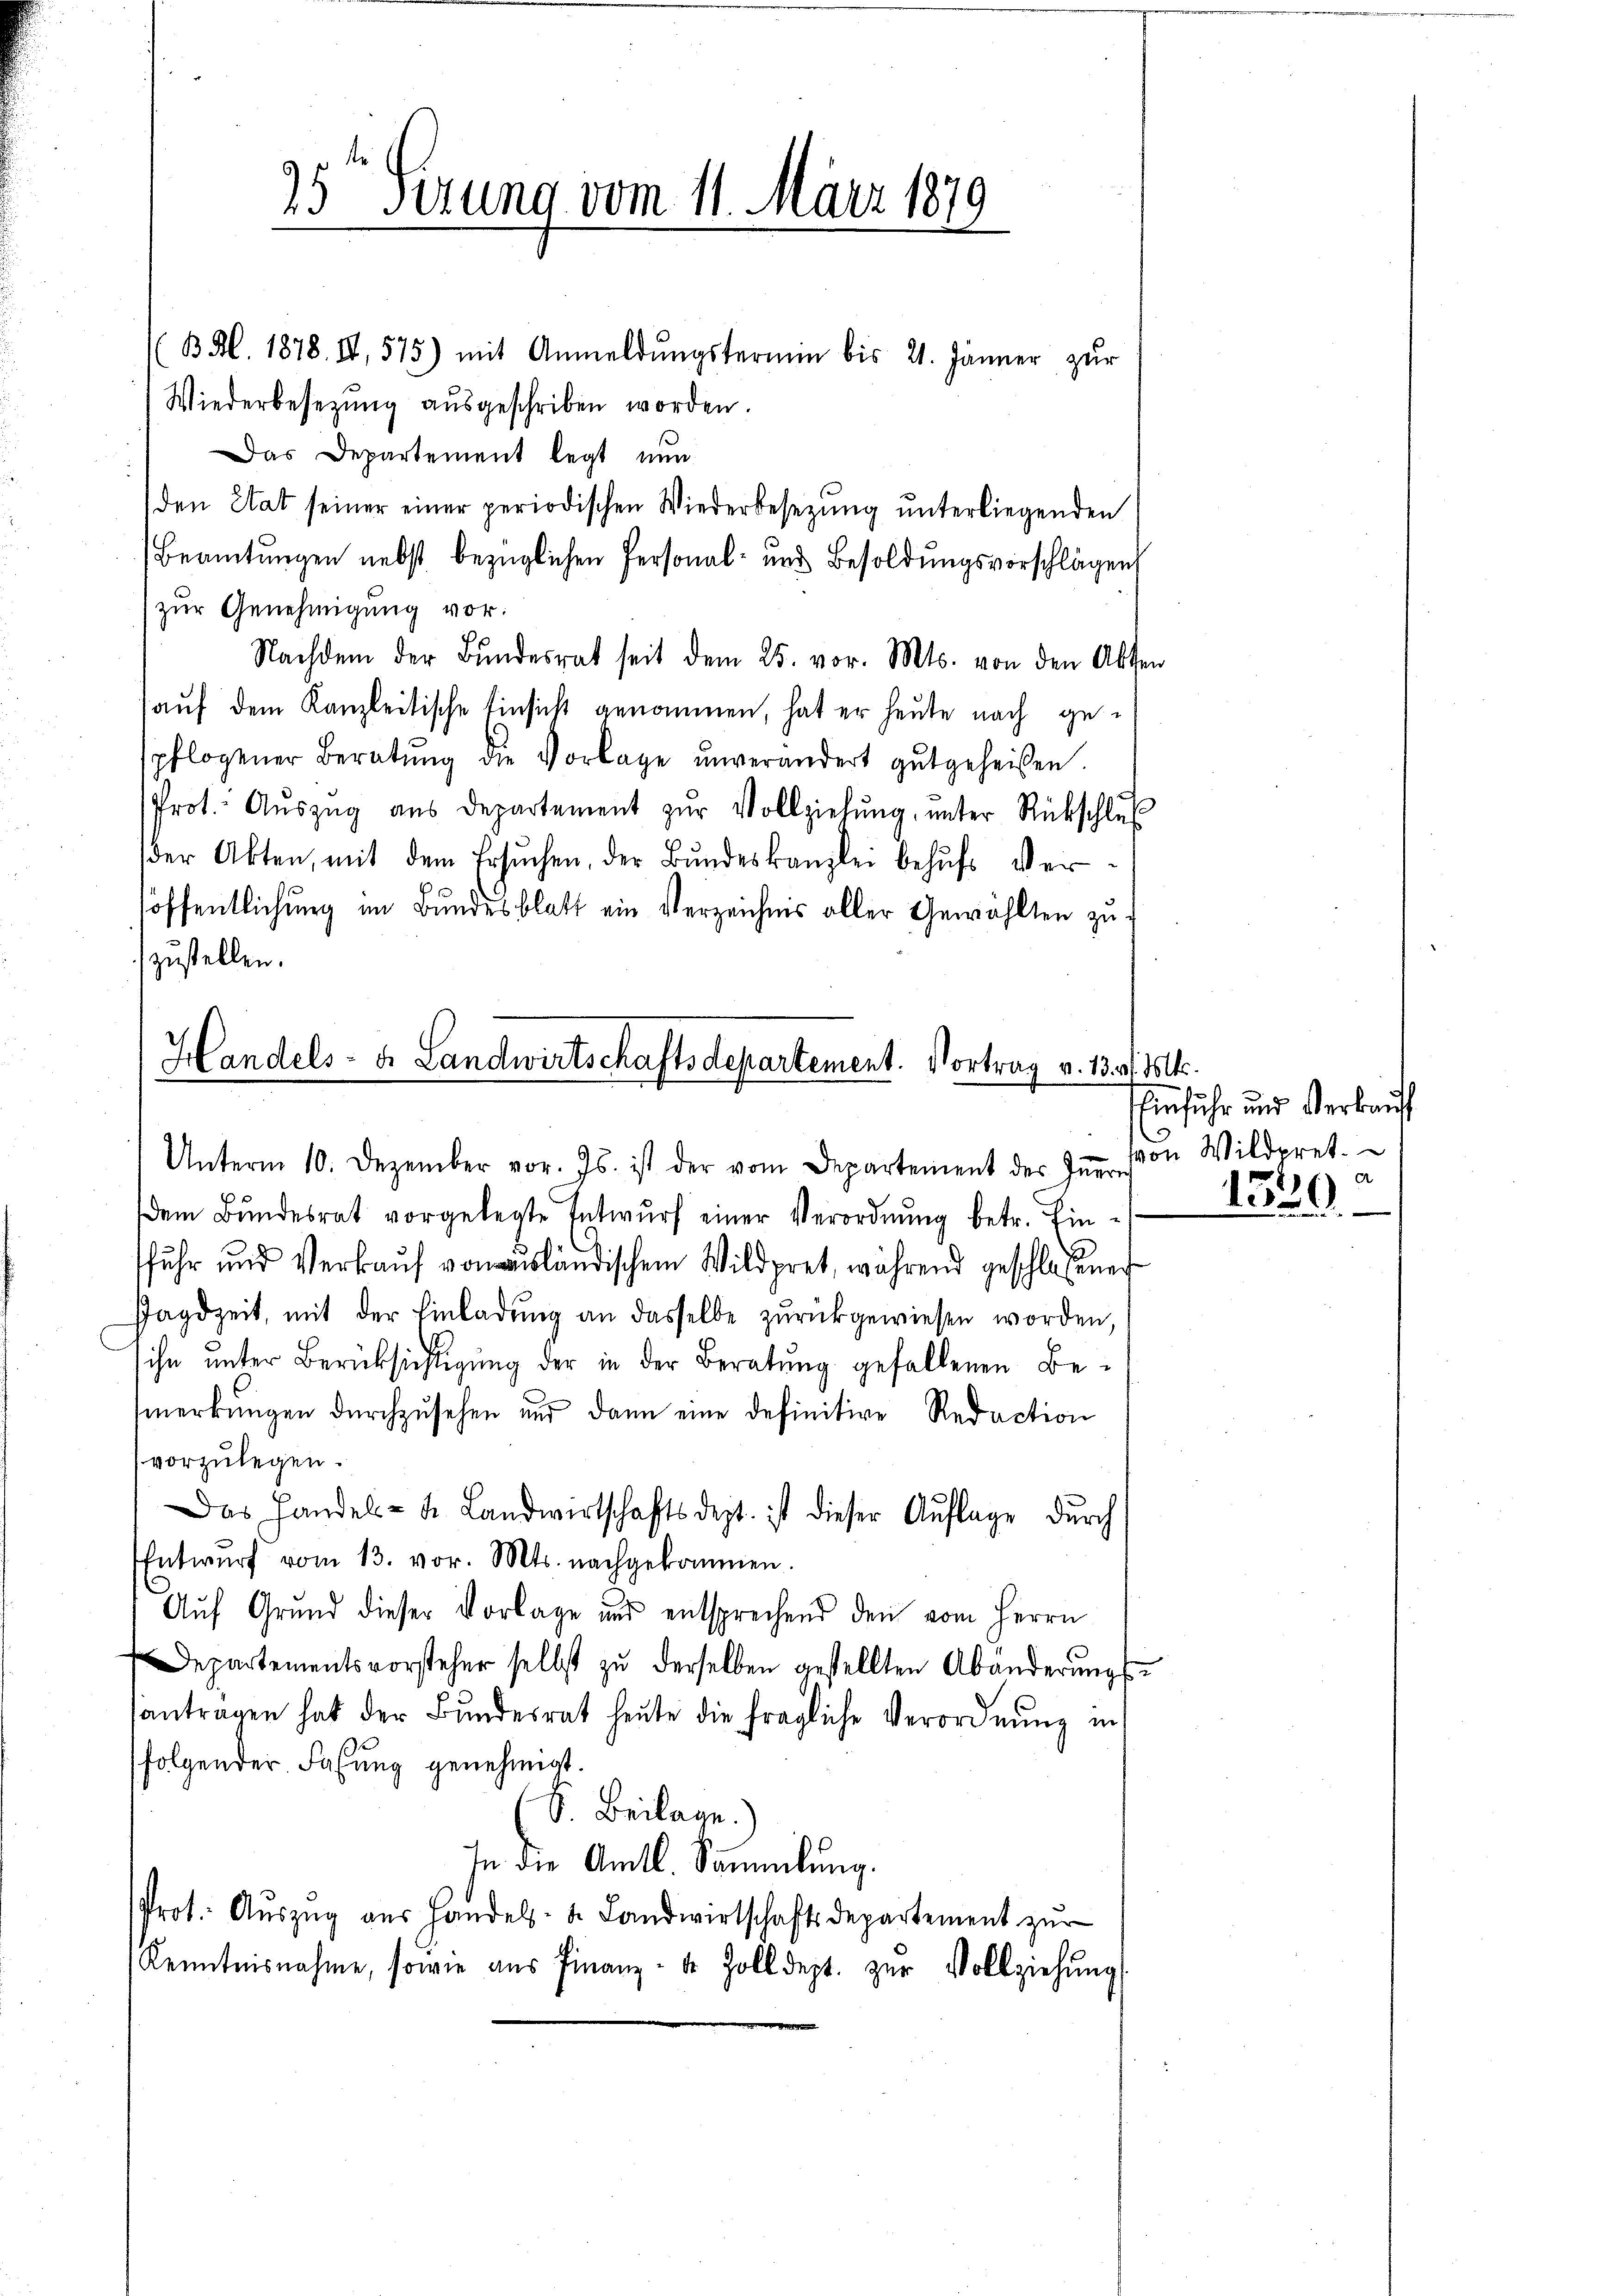
25 sezung vom 11. März 1879

B Al. 1878. II, 575) mit Anmeldŭngstermin bis 21. Jänner zur
Wiederbesetzung aŭsgeschriben worden.
Das Departement legt nun
den Etat seiner einer periodischen Wiederbesezung unterliegenden
Beamtungen nebst bezüglichen Personal- und Besoldungsvorschlägen
zur Genehmigung vor:
Nachdem der Bŭndesrat seit dem 25. vor. Mts. von den Akten
auf dem Kanzleitische Einsicht genommen, hat er heute nach gepflogener Beratŭng die Vorlage ŭnverändert gutgeheißen.
Prot. Aŭszŭg aŭs departement zŭr Vollziehŭng ŭnter Rückschlŭβ
der Akten, mit dem Ersŭchen, der Bŭndeskanzlei behŭfs Verlöffentlichung im Bundesblatt ein Verzeichnis aller Gewählten zuzustellen.

Handels- u. Landwirtschaftsdepartement. Vortrag v. 13 f. 11.

dem Bŭndesrat vorgelegte Entwŭrf einer Verordnŭng betr. Ein-
ffuhr und Verkauf von ausländischem Wildpret, während geschlossenen
Jagdzeit, mit der Einladŭng an dasselbe zŭrückgewiesen worden,
ihn unter Berücksichtigung der in der Beratung gefallenen Bemerkungen durchzusehen und dann eine definitive Redaction
vorzŭlegen.
Das Handels- u. Landwirtschaftsdept. ist dieser Auflage durch
Entwŭrf vom 13. vor. Mts. nachgekommen.
Auf Grund dieser Vorlage und entsprechend den vom Herrn
Departementsvorsteher selbst zu derselben gestellten Abänderungsantragen hat der Bundesrat heute die fragliche Verordnŭng in
folgender Fassung genehmigt.
S. Beilage.
In die Amtl. Sammlung.
Prot. Aŭszŭg aŭs Handels- u. Landwirtschaftsdepartement zŭr
Kenntnisnahme, sowie aŭs Finanz- 4 Zolldept. zŭr Vollziehŭng

Unterm 10. Dezember vor. Js. ist der vom Departement des Iṅern

Einfuhr und Verkauf
von Wildpret.
d
1520

.